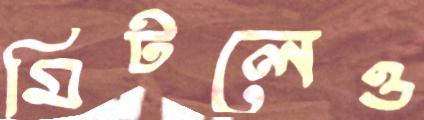
মিটলেও